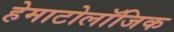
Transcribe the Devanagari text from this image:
हेमाटोलॉजिक